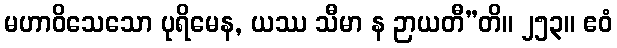
မဟာဝိသေသော ပုရိမေန, ယဿ သီမာ န ဉာယတီ”တိ။ ၂၅၃။ ဧဝံ